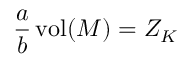
\frac { a } { b } \, \mathrm { v o l } ( { \cal M } ) = Z _ { K }